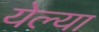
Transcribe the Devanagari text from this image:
येल्या